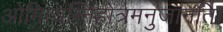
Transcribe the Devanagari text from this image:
ओमित्यग्निहोत्रमनुजानति।